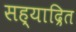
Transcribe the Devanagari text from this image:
सह्याद्रित